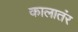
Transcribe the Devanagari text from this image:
कालातंर